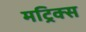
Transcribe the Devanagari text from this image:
मट्रिक्स